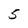
Character: 5